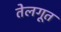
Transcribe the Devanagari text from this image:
तेलगूत